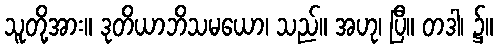
သူတို့အား။ ဒုတိယာဘိသမယော၊ သည်။ အဟု၊ ပြီ။ တဒါ၊ ၌။